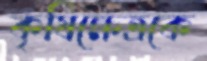
কৃষিক্ষেত্রকে